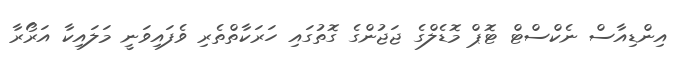
އިންޑިއާސް ނެކްސްޓް ޓޮޕް މޮޑެލްގެ ޖަޖުންގެ ގޮތުގައި ހަރަކާތްތެރި ވެފައިވަނީ މަލައިކާ އަރޯރާ